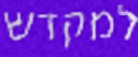
למקדש